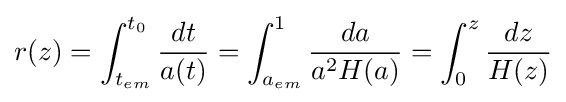
r(z)=\int _{t_{em}}^{t_{0}}{\frac {dt}{a(t)}}=\int _{a_{em}}^{1}{\frac {da}{a^{2}H(a)}}=\int _{0}^{z}{\frac {dz}{H(z)}}